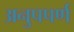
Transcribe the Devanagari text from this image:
अनुपपर्ण